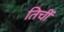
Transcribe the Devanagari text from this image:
तिचीं